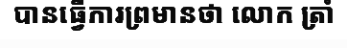
បានធ្វើការព្រមានថា លោក ត្រាំ